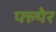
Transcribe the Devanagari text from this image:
फ्ल्येर